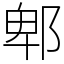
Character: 郫